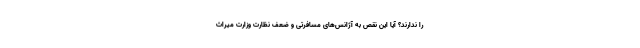
را ندارند؟ آیا این نقص به آژانس‌های مسافرتی و ضعف نظارت وزارت میراث